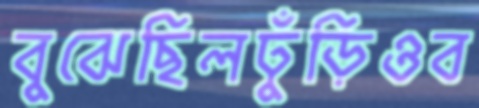
বুঝেছিলঢুঁড়িওব